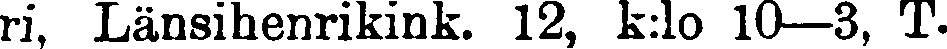
ri. Länsihenrikink. 12, k:1o 10—3, T.